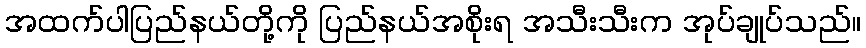
အထက်ပါပြည်နယ်တို့ကို ပြည်နယ်အစိုးရ အသီးသီးက အုပ်ချုပ်သည်။